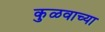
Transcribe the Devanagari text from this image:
कुळवाच्या